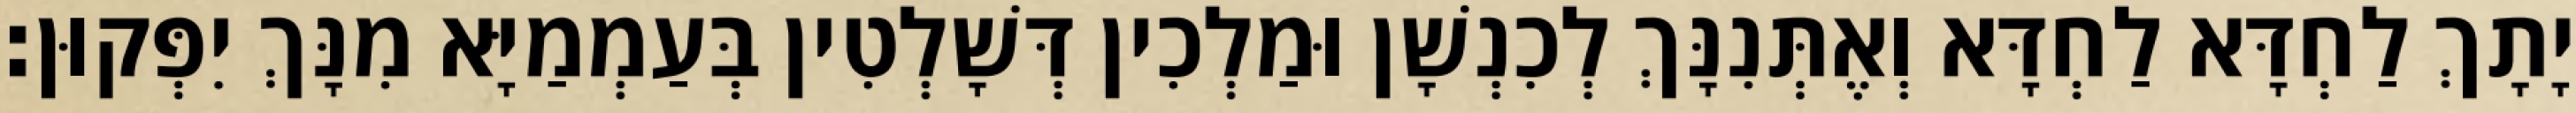
יָתָךְ לַחְדָּא לַחְדָּא וְאֶתְּנִנָּךְ לְכִנְשָׁן וּמַלְכִין דְּשָׁלְטִין בְּעַמְמַיָּא מִנָּךְ יִפְּקוּן׃